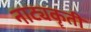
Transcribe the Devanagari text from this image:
नाट्यकॄती